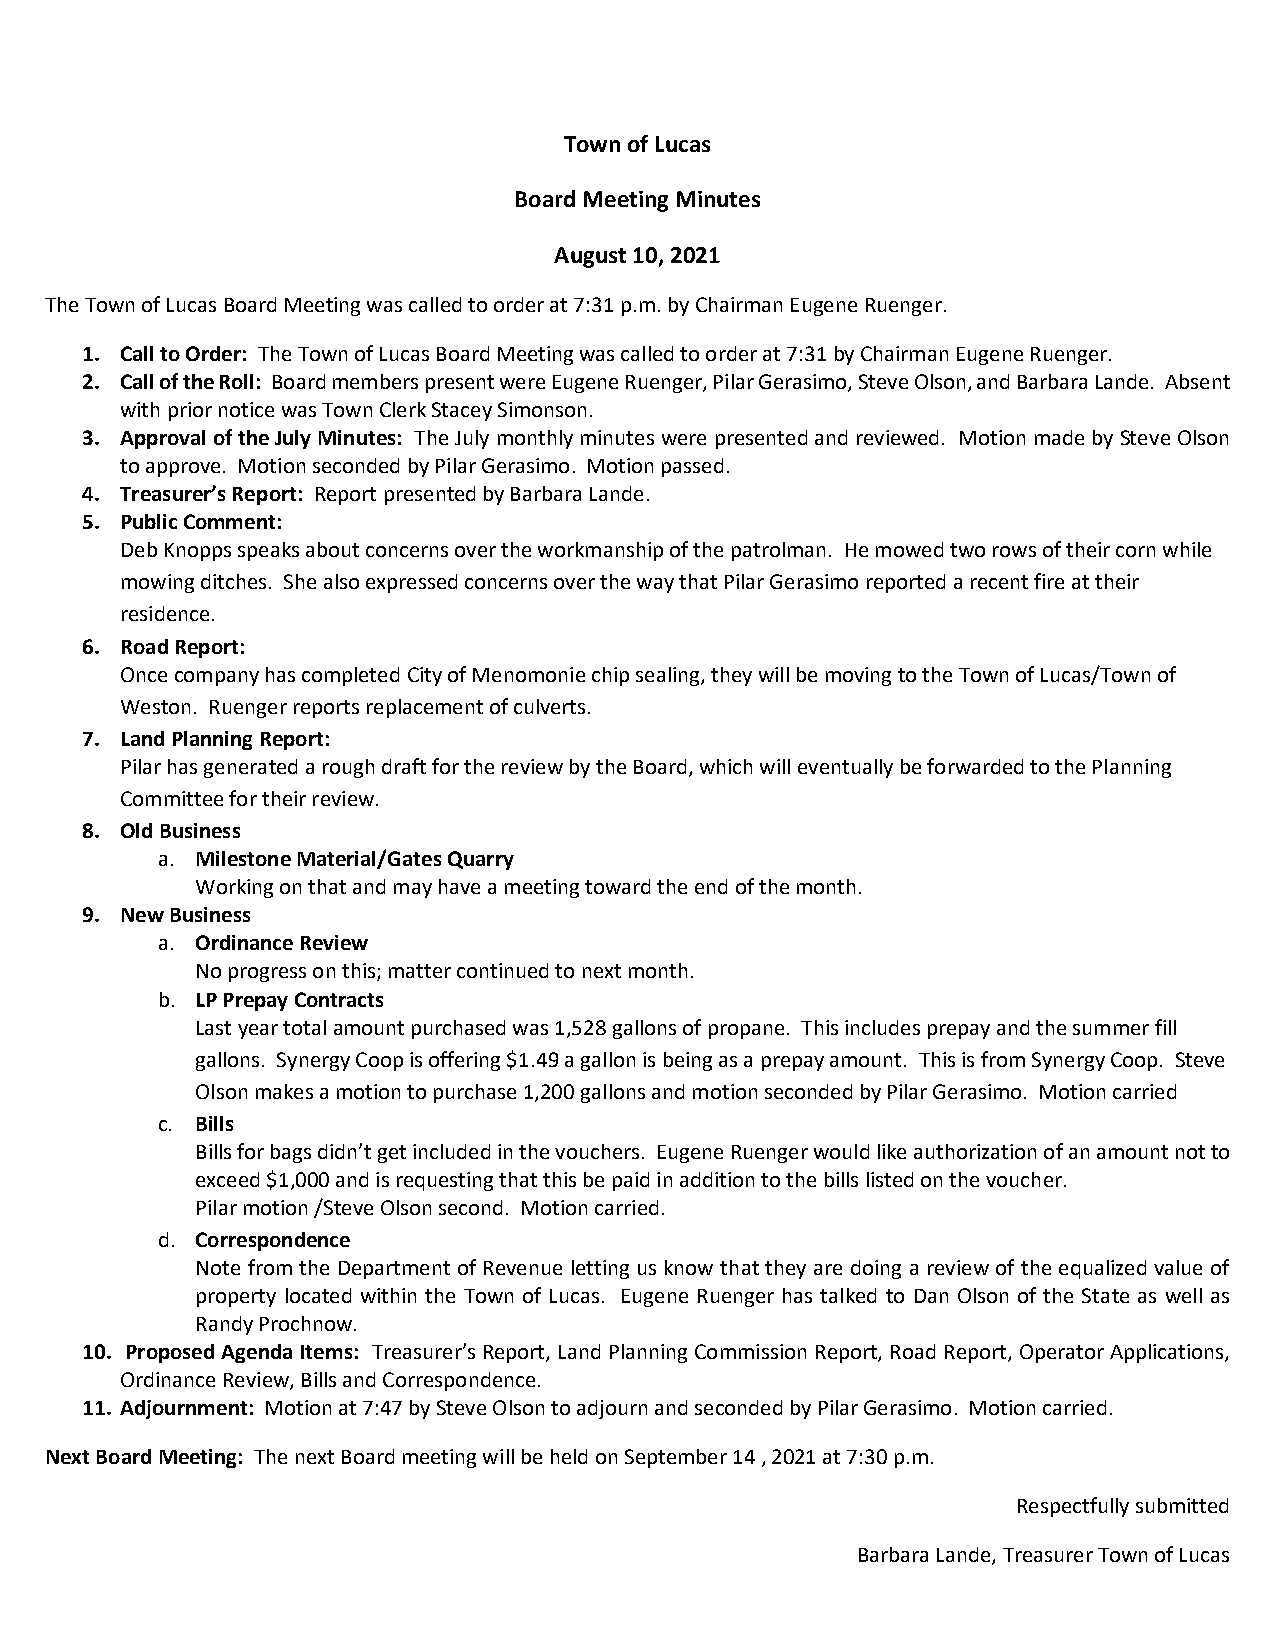
Town of Lucas
 Board Meeting Minutes
 August 10, 2021
 The Town of Lucas Board Meeting was called to order at 7:31 p.m. by Chairman Eugene Ruenger.
 1. Call to Order: The Town of Lucas Board Meeting was called to order at 7:31 by Chairman Eugene Ruenger.
 2. Call of the Roll: Board members present were Eugene Ruenger, Pilar Gerasimo, Steve Olson, and Barbara Lande. Absent
 with prior notice was Town Clerk Stacey Simonson.
 3. Approval of the July Minutes: The July monthly minutes were presented and reviewed. Motion made by Steve Olson
 to approve. Motion seconded by Pilar Gerasimo. Motion passed.
 4. Treasurer’s Report: Report presented by Barbara Lande.
 5. Public Comment:
 Deb Knopps speaks about concerns over the workmanship of the patrolman. He mowed two rows of their corn while
 mowing ditches. She also expressed concerns over the way that Pilar Gerasimo reported a recent fire at their
 residence.
 6. Road Report:
 Once company has completed City of Menomonie chip sealing, they will be moving to the Town of Lucas/Town of
 Weston. Ruenger reports replacement of culverts.
 7. Land Planning Report:
 Pilar has generated a rough draft for the review by the Board, which will eventually be forwarded to the Planning
 Committee for their review.
 8. Old Business
 a. Milestone Material/Gates Quarry
 Working on that and may have a meeting toward the end of the month.
 9. New Business
 a. Ordinance Review
 No progress on this; matter continued to next month.
 b. LP Prepay Contracts
 Last year total amount purchased was 1,528 gallons of propane. This includes prepay and the summer fill
 gallons. Synergy Coop is offering $1.49 a gallon is being as a prepay amount. This is from Synergy Coop. Steve
 Olson makes a motion to purchase 1,200 gallons and motion seconded by Pilar Gerasimo. Motion carried
 c. Bills
 Bills for bags didn’t get included in the vouchers. Eugene Ruenger would like authorization of an amount not to
 exceed $1,000 and is requesting that this be paid in addition to the bills listed on the voucher.
 Pilar motion /Steve Olson second. Motion carried.
 d. Correspondence
 Note from the Department of Revenue letting us know that they are doing a review of the equalized value of
 property located within the Town of Lucas. Eugene Ruenger has talked to Dan Olson of the State as well as
 Randy Prochnow.
 10. Proposed Agenda Items: Treasurer’s Report, Land Planning Commission Report, Road Report, Operator Applications,
 Ordinance Review, Bills and Correspondence.
 11. Adjournment: Motion at 7:47 by Steve Olson to adjourn and seconded by Pilar Gerasimo. Motion carried.
 Next Board Meeting: The next Board meeting will be held on September 14 , 2021 at 7:30 p.m.
 Respectfully submitted
 Barbara Lande, Treasurer Town of Lucas